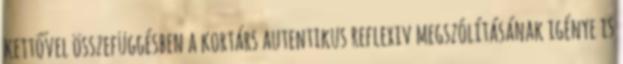
kettővel összefüggésben a kortárs autentikus reflexiv megszólításának igénye is